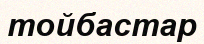
тойбастар